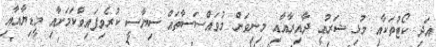
އަދި ކޯޓުތަކާއި މުޅި ޝަރުޢީ ދާއިރާއާއި މިނިވަން މުވައްސަސާތައް ސިޔާސީ ކުރެވިފައިވާަކަމަށާއި މީޑިޔާއާއި